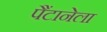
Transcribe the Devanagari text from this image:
पैंटानेला